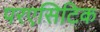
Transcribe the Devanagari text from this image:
परएसिटिक